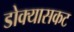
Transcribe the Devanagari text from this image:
डोक्यासकट